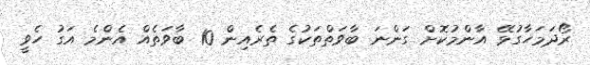
ރޯދަމަހާގުޅޭ އާންމުކޮށް ގަންނަ ބާވަތްތަކުގެ ތެރެއިން 10 ބާވަތެއް އެންމެ އަގު ހެވީ